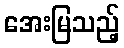
အေးမြသည့်